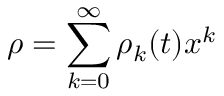
\rho = \sum _ { k = 0 } ^ { \infty } \rho _ { k } ( t ) x ^ { k }